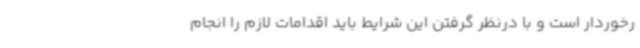
رخوردار است و با درنظر گرفتن این شرایط باید اقدامات لازم را انجام